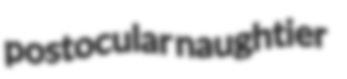
postocular naughtier